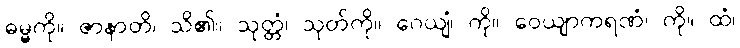
ဓမ္မကို။ ဇာနာတိ၊ သိ၏။ သုတ္တံ၊ သုတ်ကို။ ဂေယျံ၊ ကို။ ဝေယျာကရဏံ၊ ကို။ ထံ၊